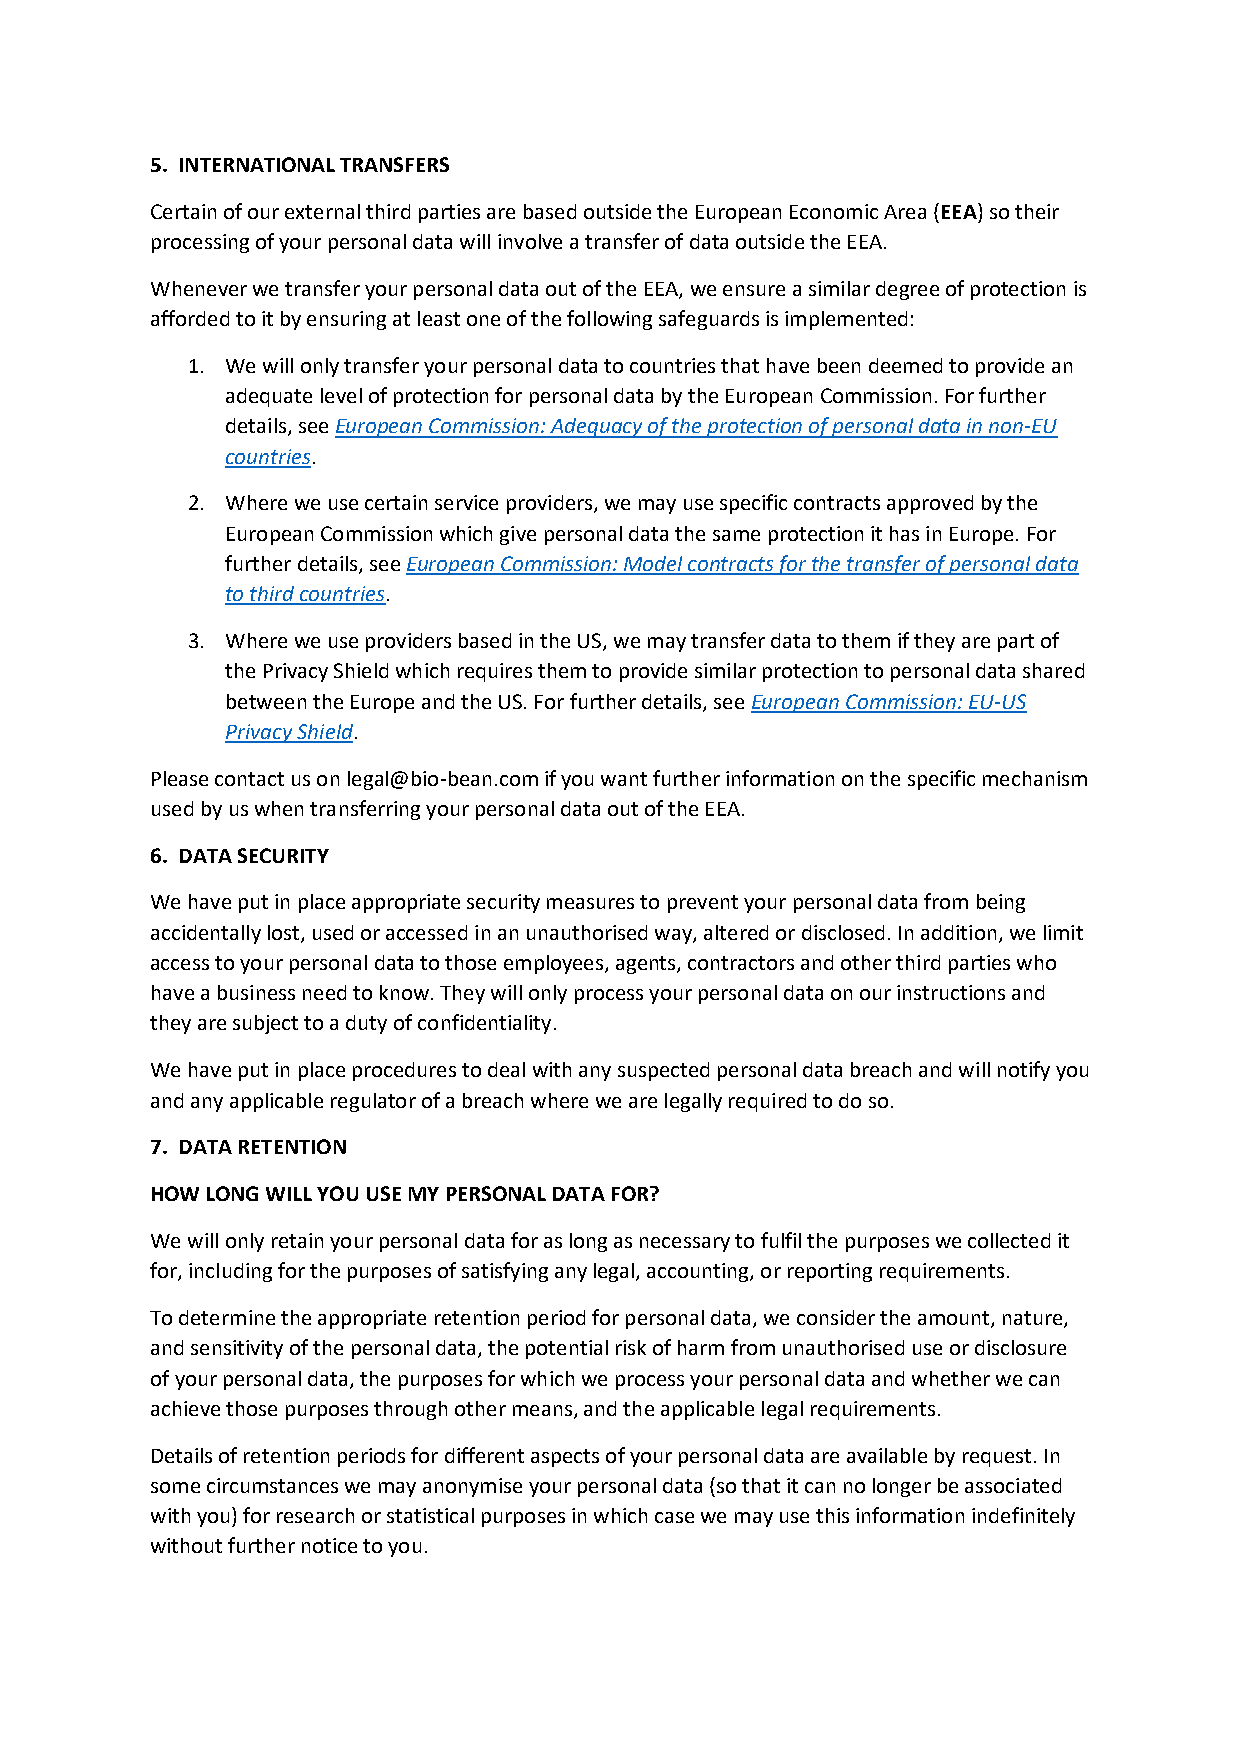
5. INTERNATIONAL TRANSFERS
 Certain of our external third parties are based outside the European Economic Area (EEA) so their
 processing of your personal data will involve a transfer of data outside the EEA.
 Whenever we transfer your personal data out of the EEA, we ensure a similar degree of protection is
 afforded to it by ensuring at least one of the following safeguards is implemented:
 1. We will only transfer your personal data to countries that have been deemed to provide an
 adequate level of protection for personal data by the European Commission. For further
 details, see European Commission: Adequacy of the protection of personal data in non-EU
 countries.
 2. Where we use certain service providers, we may use specific contracts approved by the
 European Commission which give personal data the same protection it has in Europe. For
 further details, see European Commission: Model contracts for the transfer of personal data
 to third countries.
 3. Where we use providers based in the US, we may transfer data to them if they are part of
 the Privacy Shield which requires them to provide similar protection to personal data shared
 between the Europe and the US. For further details, see European Commission: EU-US
 Privacy Shield.
 Please contact us on legal@bio-bean.com if you want further information on the specific mechanism
 used by us when transferring your personal data out of the EEA.
 6. DATA SECURITY
 We have put in place appropriate security measures to prevent your personal data from being
 accidentally lost, used or accessed in an unauthorised way, altered or disclosed. In addition, we limit
 access to your personal data to those employees, agents, contractors and other third parties who
 have a business need to know. They will only process your personal data on our instructions and
 they are subject to a duty of confidentiality.
 We have put in place procedures to deal with any suspected personal data breach and will notify you
 and any applicable regulator of a breach where we are legally required to do so.
 7. DATA RETENTION
 HOW LONG WILL YOU USE MY PERSONAL DATA FOR?
 We will only retain your personal data for as long as necessary to fulfil the purposes we collected it
 for, including for the purposes of satisfying any legal, accounting, or reporting requirements.
 To determine the appropriate retention period for personal data, we consider the amount, nature,
 and sensitivity of the personal data, the potential risk of harm from unauthorised use or disclosure
 of your personal data, the purposes for which we process your personal data and whether we can
 achieve those purposes through other means, and the applicable legal requirements.
 Details of retention periods for different aspects of your personal data are available by request. In
 some circumstances we may anonymise your personal data (so that it can no longer be associated
 with you) for research or statistical purposes in which case we may use this information indefinitely
 without further notice to you.